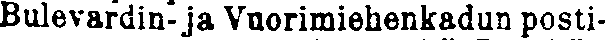
Bulevardin- ja Vuorimiehenkadun posti-